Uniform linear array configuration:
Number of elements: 48
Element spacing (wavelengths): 0.5
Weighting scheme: hann
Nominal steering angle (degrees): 45
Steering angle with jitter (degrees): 44.841
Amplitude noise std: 0.05
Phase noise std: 0.05

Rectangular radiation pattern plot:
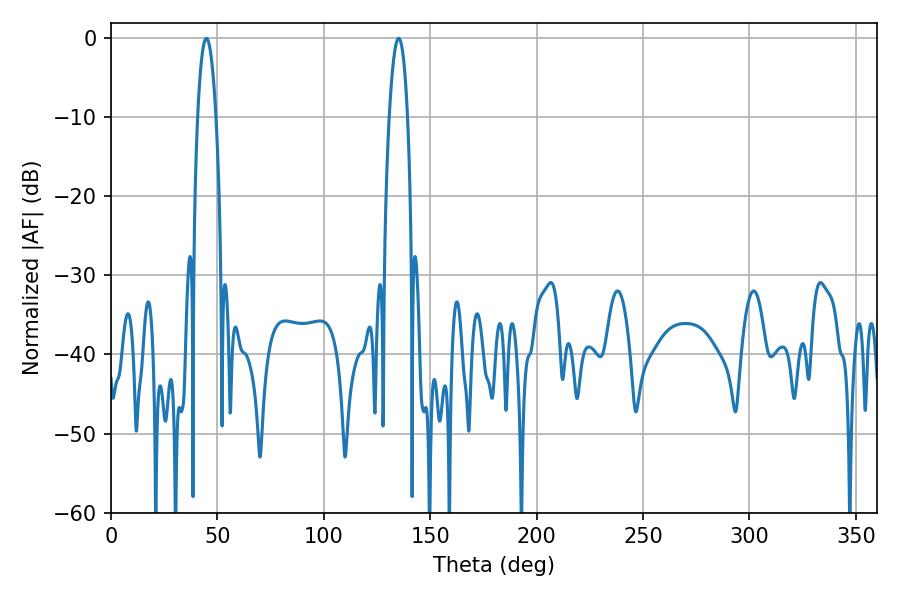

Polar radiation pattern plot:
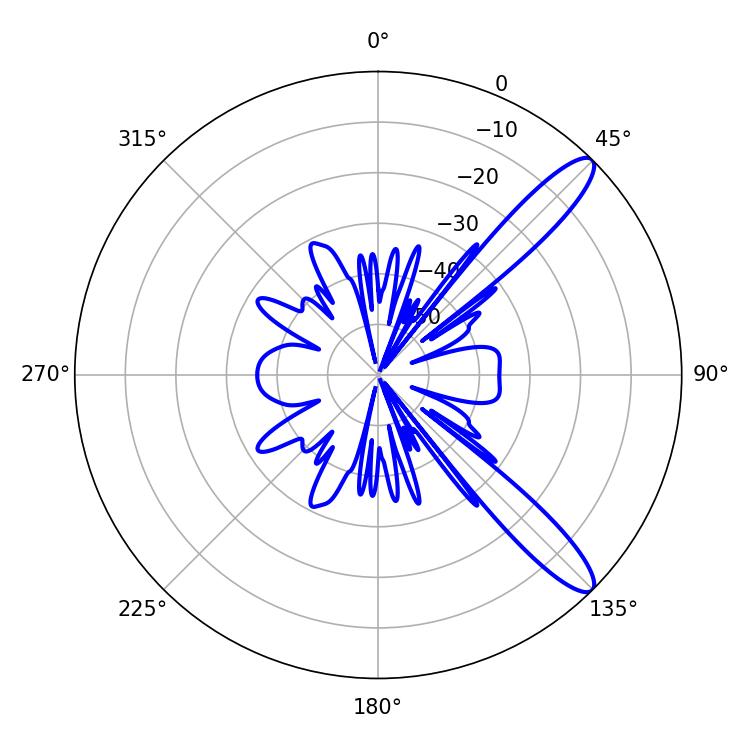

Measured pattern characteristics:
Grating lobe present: FALSE
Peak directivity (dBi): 11.987
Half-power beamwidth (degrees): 4.86
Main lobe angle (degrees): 44.82